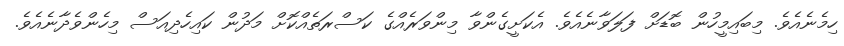
ހިމެނެއެވެ. މިބައިމީހުން ބޮޑަށް ފަލަވާނެއެވެ. އެކަށީގެންވާ މިންވަރެއްގެ ކަސްރަތެއްކޮށް މަދުން ކައިހެދިއަސް މިހެންވެދާނެއެވެ.